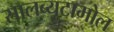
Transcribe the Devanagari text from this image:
सालब्यूटामोल